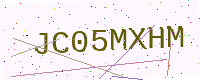
Text: JC05MXHM